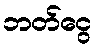
ဘတ်ငွေ